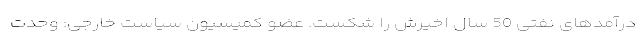
درآمدهای نفتی 50 سال اخیرش را شکست. عضو کمیسیون سیاست خارجی: وحدت